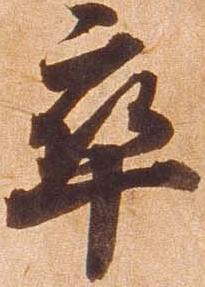
卒